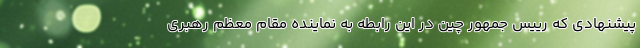
پیشنهادی که رییس جمهور چین در این رابطه به نماینده مقام معظم رهبری